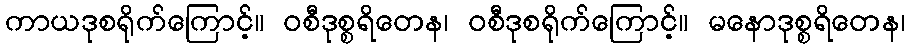
ကာယဒုစရိုက်ကြောင့်။ ဝစီဒုစ္စရိတေန၊ ဝစီဒုစရိုက်ကြောင့်။ မနောဒုစ္စရိတေန၊